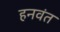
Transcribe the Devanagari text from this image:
हनवंत